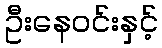
ဦးနေဝင်းနှင့်